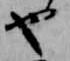
也